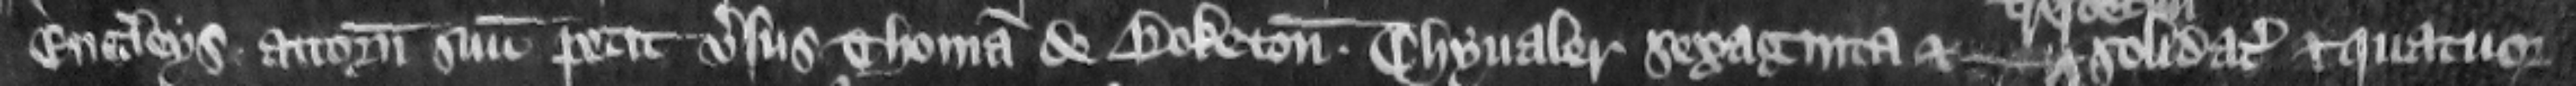
Engleys attornatum suum petit versus Thomam de Boketon. Chyualer sexaginta et --- solidatas et quatuor